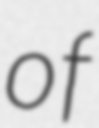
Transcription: of